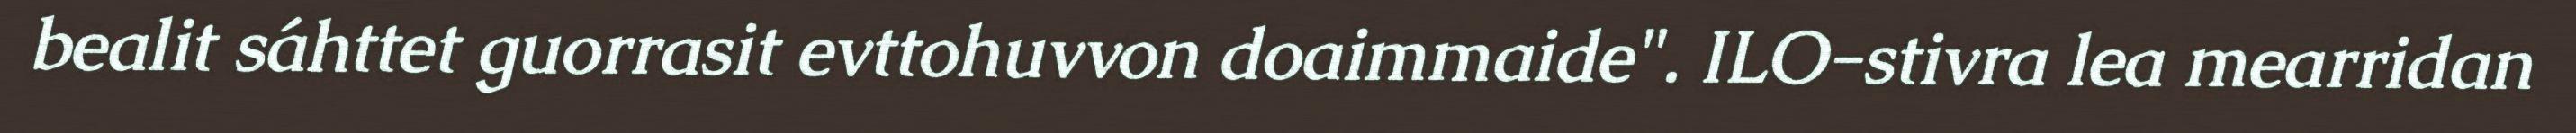
bealit sáhttet guorrasit evttohuvvon doaimmaide". ILO-stivra lea mearridan